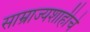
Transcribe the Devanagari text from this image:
साम्राज्यशाहीचे